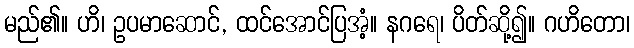
မည်၏။ ဟိ၊ ဥပမာဆောင်, ထင်အောင်ပြအံ့။ နဂရေ၊ ပိတ်ဆို့၍။ ဂဟိတော၊